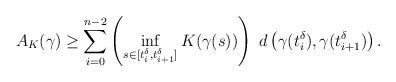
LaTeX: \begin{align*}A_K(\gamma)\geq \sum_{i=0}^{n-2}\left(\inf\limits_{s\in [t^\delta_i,t^\delta_{i+1}]}K(\gamma(s))\right)\ d\left(\gamma(t^\delta_i),\gamma(t^\delta_{i+1})\right).\end{align*}